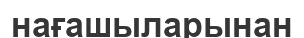
нағашыларынан